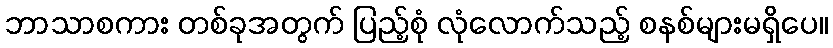
ဘာသာစကား တစ်ခုအတွက် ပြည့်စုံ လုံလောက်သည့် စနစ်များမရှိပေ။